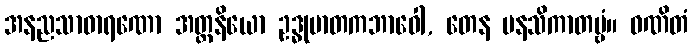
အနညသာဓာရဏော အတ္တနိယော ဥဒ္ဓုမာတကဘာဝေါ, တေန မနသိကာတဗ္ဗံ။ ဝဏိတံ